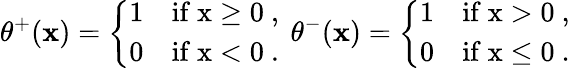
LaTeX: \theta^{+}(\mathbf{x})=\left\{ \begin{array}{ll}{{1}}&{{\mathrm{if~x\geq 0~,~}}}\\ {{0}}&{{\mathrm{if~x<0~.~}}}\end{array}\right.\theta^{-}(\mathbf{x})=\left\{ \begin{array}{ll}{{1}}&{{\mathrm{if~x>0~,~}}}\\ {{0}}&{{\mathrm{if~x\leq 0~.~}}}\end{array}\right.